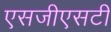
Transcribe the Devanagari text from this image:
एसजीएसटी